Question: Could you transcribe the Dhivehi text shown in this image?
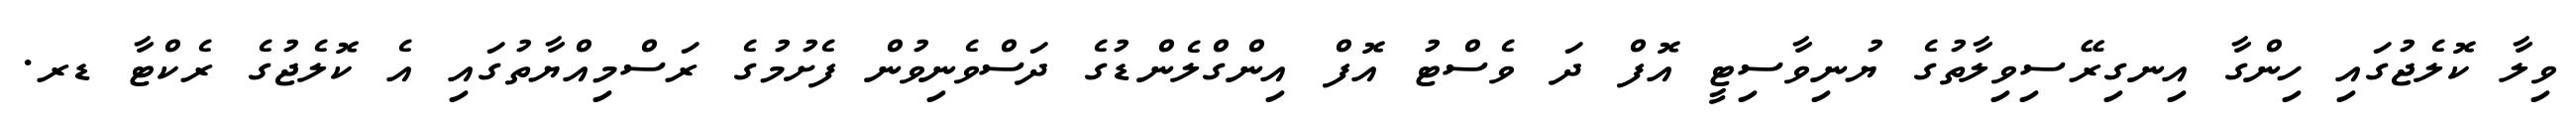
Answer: ވިލާ ކޮލެޖުގައި ހިންގާ އިނގިރޭސިވިލާތުގެ ޔުނިވާސިޓީ އޮފް ދަ ވެސްޓު އޮފް އިންގްލެންޑުގެ ދަސްވެނިވުން ފެށުމުގެ ރަސްމިއްޔާތުގައި އެ ކޮލެޖުގެ ރެކްޓާ ޑރ.